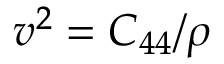
v ^ { 2 } = C _ { 4 4 } / \rho